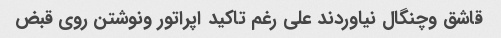
قاشق وچنگال نیاوردند علی رغم تاکید اپراتور ونوشتن روی قبض